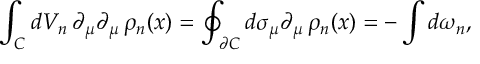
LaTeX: \int _ { \cal { C } } d V _ { n } \, \partial _ { \mu } \partial _ { \mu } \, \rho _ { n } ( x ) = \oint _ { \partial \cal { C } } d \sigma _ { \mu } \partial _ { \mu } \, \rho _ { n } ( x ) = - \int d \omega _ { n } ,